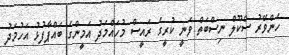
ހެންވޭރު ސްކޫލް ނިސްބަތް ވަނީ ކުރީގެ ރައީސް މުހައްމަދު އަމީންގެ ބައްޕާފުޅު އަހުމަދު